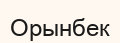
Орынбек